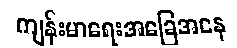
ကျန်းမာရေးအခြေအနေ